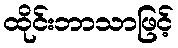
ထိုင်းဘာသာဖြင့်